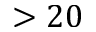
> 2 0